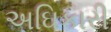
અઘિકારી